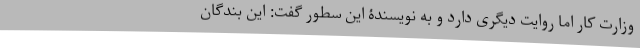
وزارت کار اما روایت دیگری دارد و به نویسندۀ این سطور گفت: این بندگان